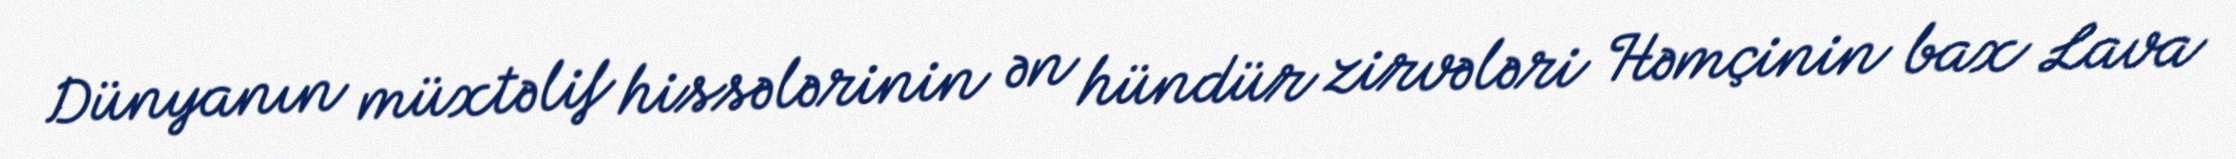
Dünyanın müxtəlif hissələrinin ən hündür zirvələri Həmçinin bax Lava